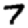
Digit: 7